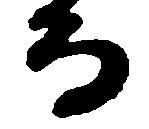
而